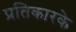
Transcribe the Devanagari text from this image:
प्रतिकारके